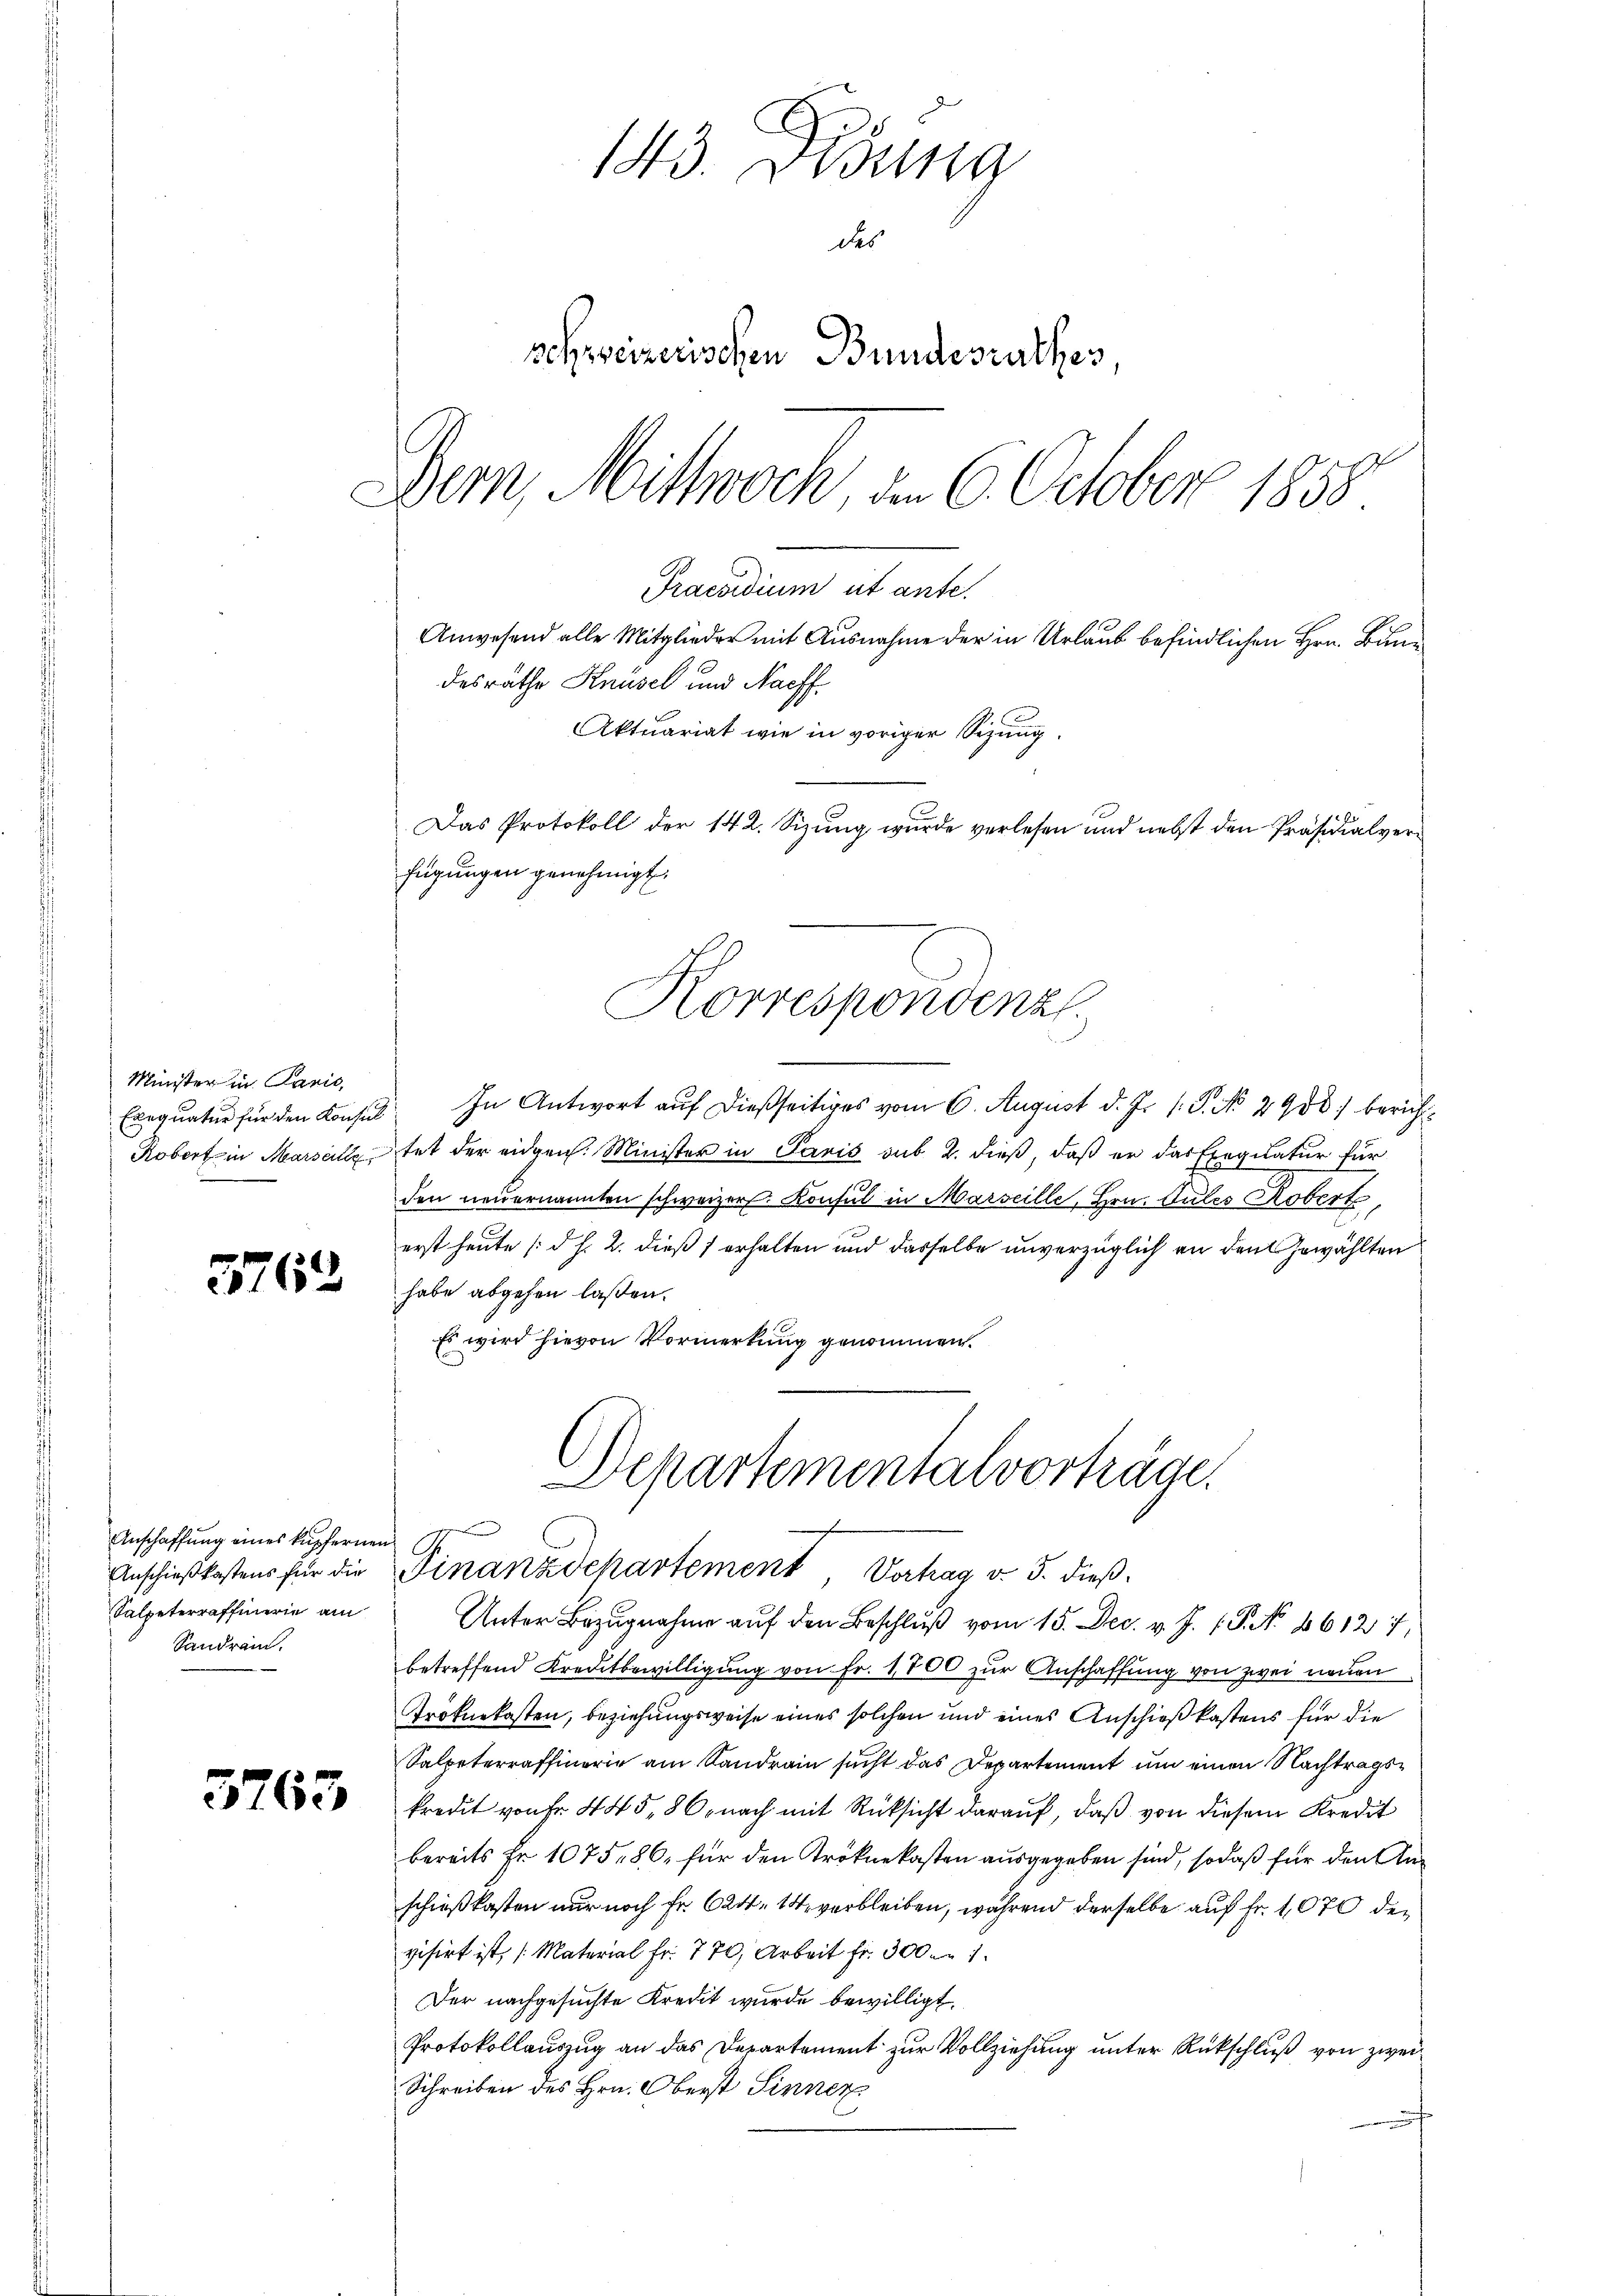
Minister in Panić,

5762

Anschaffung eines kupfernen Ge
Sandrem.

3763

143. Disung
des
schweizerischen Bundesrathes
Bern, Mittwoch, am 6. October 1858
Praesidium et ante.

desrathe Knüsel und Nachf
Aktuariat wie in voriger Sizung.
Das Protokoll der 142. Sizung wurde verlesen und nebst den Präsidialverfügungen genehmigt.
Korrespondenzl

Exequatur für den Konsil. In Antwort auf dießseitiges vom 6. August d. J. P. No. 2900.) bericht¬
Kobert in Marseilletet der eidgen. Minister in Paris sub 2. dieß, daß er das Exequatur für
den neuernannten schweizer. Konsul in Marseille, Hrn. Gutes Robert,
erst heute (d. h. 2. dieß f erhalten und dasselbe unverzüglich an den Gewählten
habe abgehen laßen.
Es wird hievon Vormerkung genommen.
Departementalvorträge.

Anwesend alle Mitglieder mit Ausnahme der in Urlaub befindlichen Hrn. Bun¬

Salpeteraffirie am Unter Bezŭgnahme aŭf den Beschlŭβ vom 15. Dec. v. J. P. No 86127.
betreffend Kreditbewilligung von Fr. 1700 zur Anschaffung von zwei neuen
Trokuekasten, beziehungsweise eines solchen und eines Anschießkostens für die
Salpeterraffinorie am Sandrain sucht das Departement um einen Nachtragskredit von Fr. 445, 86 nach mit Rücksicht darauf, daß von diesem Kredit
bereits Fr. 1075,86, für den Tröknekasten ausgegeben sind, sodaß für den Anschießkosten nur noch Fr. 624. 14, verbleiben, während derselbe auf Fr. 1070 devisirt ist, (Material Fr. 770, Arbeit fr. 300 n 1.
Der nachgesuchte Kredit wurde bewilligt.
Protokollauszug an das Departement zur Vollziehung unter Rückschluß von zwei¬
Schreiben des Hrn. Oberst Sinner
u

Anschieβkastens für die Finanzdepartement, Vortrag v. 5. dieß¬